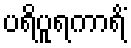
ပရိပူရကာရိံ